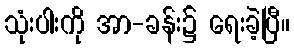
သုံးပါးကို အာ-ခန်း၌ ရေးခဲ့ပြီ။